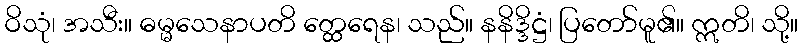
ဝိသုံ၊ အသီး။ ဓမ္မသေနာပတိ တ္ထေရေန၊ သည်။ နနိဒ္ဒိဋ္ဌံ၊ ပြတော်မူ၏။ ဣတိ၊ သို့။